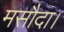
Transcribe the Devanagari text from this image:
मसौदा।